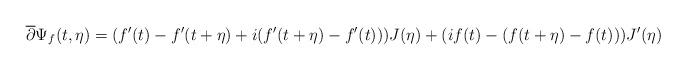
LaTeX: \begin{align*}\overline{\partial} \Psi_{f}(t,\eta) = (f'(t)-f'(t+\eta)+i(f'(t+\eta)-f'(t)))J(\eta)+(if(t)-(f(t+\eta)-f(t)))J'(\eta)\end{align*}